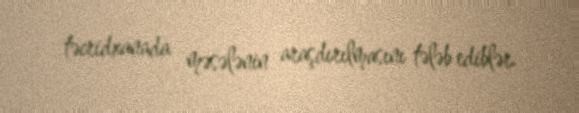
təcridxanada məsələnin araşdırılmasını tələb ediblər.